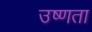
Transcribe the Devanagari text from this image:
उष्‍णता